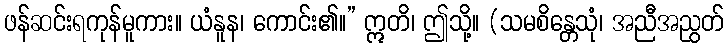
ဖန်ဆင်းရကုန်မူကား။ ယံနူန၊ ကောင်း၏။” ဣတိ၊ ဤသို့။ (သမစိန္တေသုံ၊ အညီအညွတ်